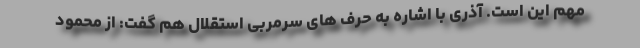
مهم این است. آذری با اشاره به حرف های سرمربی استقلال هم گفت: از محمود